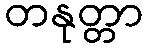
တနုတ္တာ